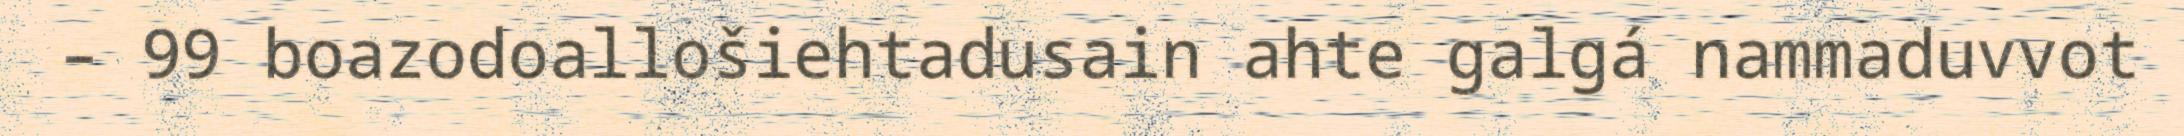
– 99 boazodoallošiehtadusain ahte galgá nammaduvvot